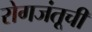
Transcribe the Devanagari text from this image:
रोगजंतूची